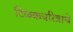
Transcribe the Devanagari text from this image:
टिळकचरित्राचे